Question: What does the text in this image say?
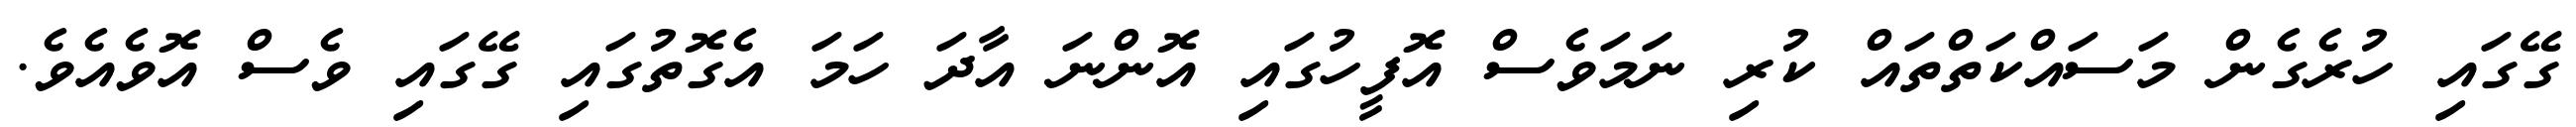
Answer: ގޭގައި ހުރެގެން މަސައްކަތްތައް ކުރި ނަމަވެސް އޮފީހުގައި އޮންނަ އާދަ ހަމަ އެގޮތުގައި ގޭގައި ވެސް އޮވެއެވެ.